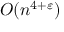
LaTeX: O ( n ^ { 4 + \varepsilon } )